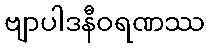
ဗျာပါဒနီဝရဏဿ